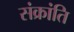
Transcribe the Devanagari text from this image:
संक्रांति